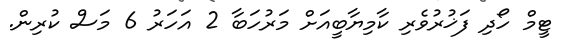
ޓީމް ހޯދި ފަޚުރުވެރި ކާމިޔާބީއަށް މަރުހަބާ 2 އަހަރު 6 މަސް ކުރިން.